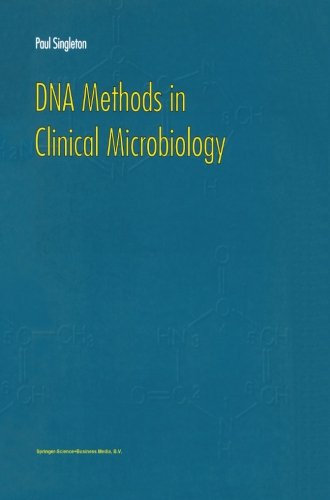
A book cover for DNA Methods in Clinical Microbiology; P. Singleton; Medical Books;